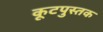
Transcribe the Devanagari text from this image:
कूटपुस्तक